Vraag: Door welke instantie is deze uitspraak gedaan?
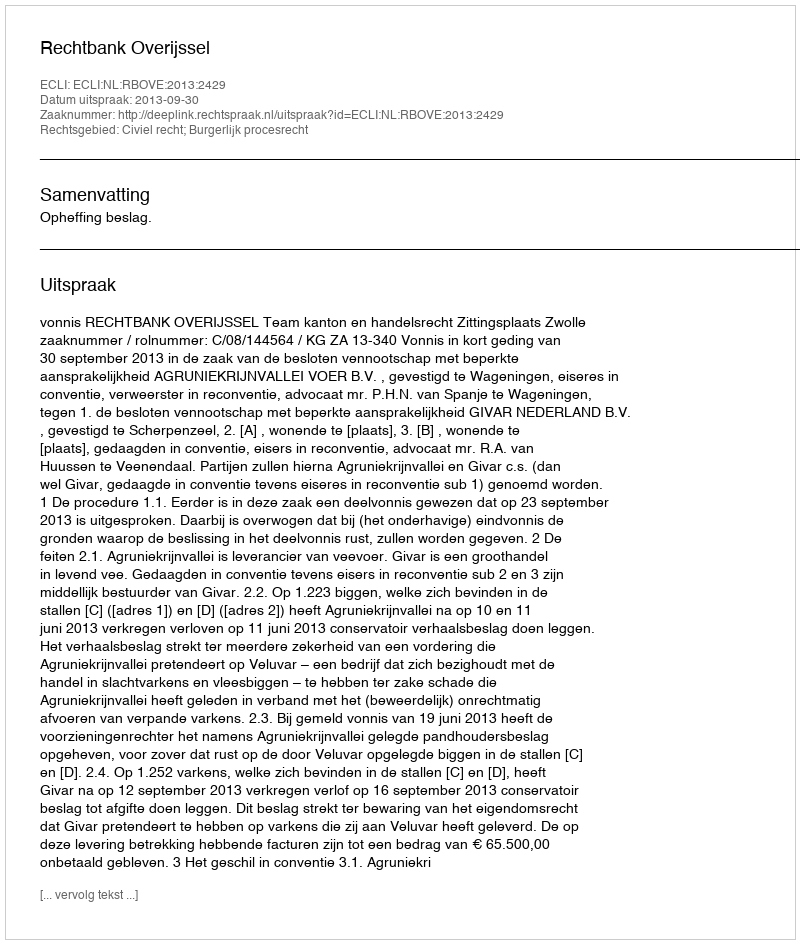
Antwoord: Rechtbank Overijssel